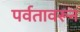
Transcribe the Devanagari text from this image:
पर्वतावरून